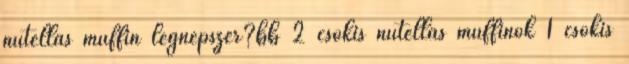
nutellás muffin legnépszer?bb 2 csokis nutellas muffinok 1 csokis